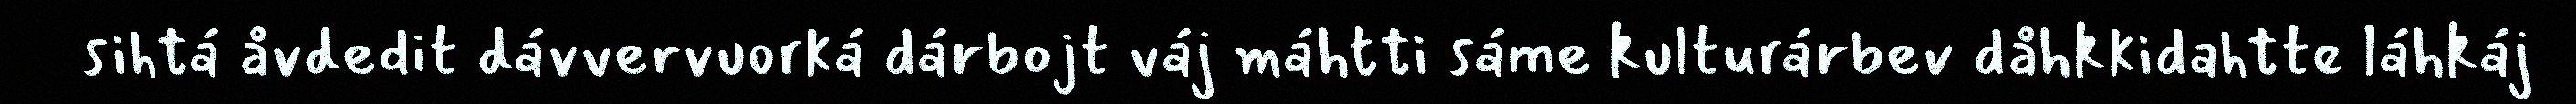
sihtá åvdedit dávvervuorká dárbojt váj máhtti sáme kulturárbev dåhkkidahtte láhkáj